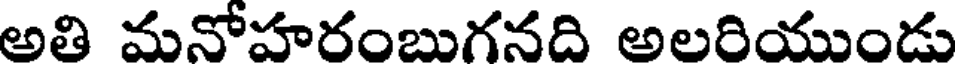
అతి మనోహరంబుగనది అలరియుండు